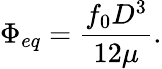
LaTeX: \Phi_{eq}=\frac{f_{0}D^{3}}{12\mu}.